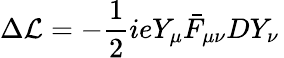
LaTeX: \Delta{\cal L}=-{\frac{1}{2}}ieY_{\mu}\bar{F}_{\mu\nu}DY_{\nu}\,